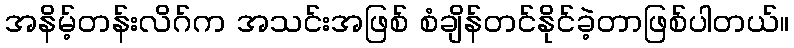
အနိမ့်တန်းလိဂ်က အသင်းအဖြစ် စံချိန်တင်နိုင်ခဲ့တာဖြစ်ပါတယ်။